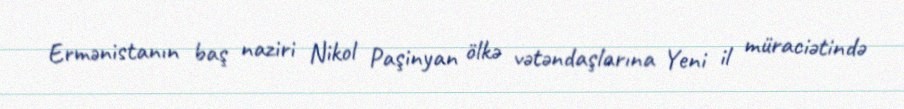
Ermənistanın baş naziri Nikol Paşinyan ölkə vətəndaşlarına Yeni il müraciətində